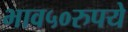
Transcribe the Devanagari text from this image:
भाव५०रुपये